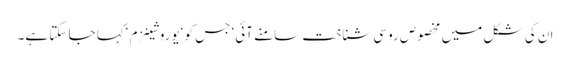
ان کی شکل میں مخصوص روسی شناخت سامنے آئی‘ جس کو ‘یوروشینزم ‘کہا جا سکتا ہے۔